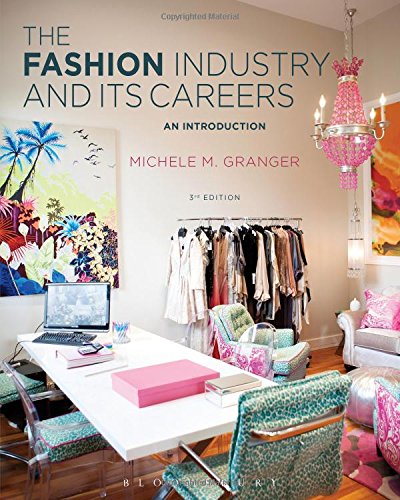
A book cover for The Fashion Industry and Its Careers: An Introduction; Michele M. Granger; Business & Money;